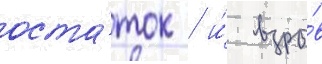
оста́ток / и́ взры́в